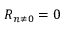
R _ { n \neq 0 } = 0